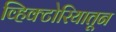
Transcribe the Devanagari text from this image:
व्हिक्टोरियातून